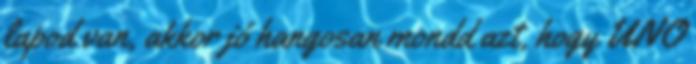
lapod van, akkor jó hangosan mondd azt, hogy UNO